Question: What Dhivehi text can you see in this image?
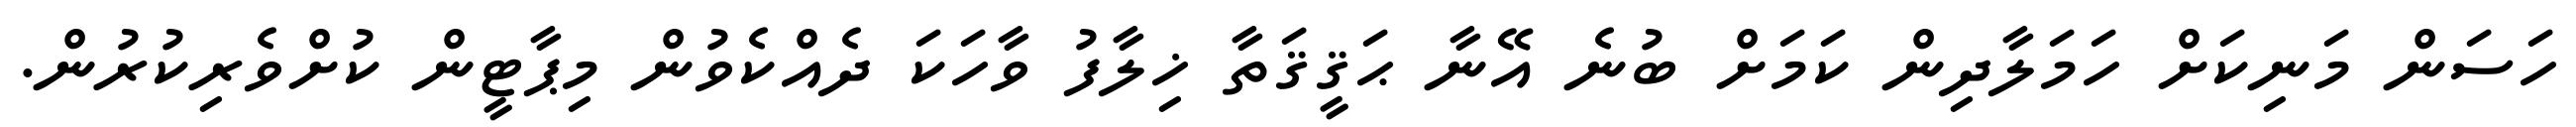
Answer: ހަސަން މަނިކަށް ހަމަލާދިން ކަމަށް ބުނެ އޭނާ ޙަޤީޤަތާ ޚިލާފު ވާހަކަ ދެއްކެވުން މިޕާޓީން ކުށްވެރިކުރުން.